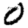
Digit: 0